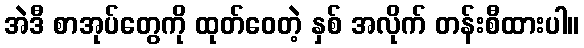
အဲဒီ စာအုပ်တွေကို ထုတ်ဝေတဲ့ နှစ် အလိုက် တန်းစီထားပါ။